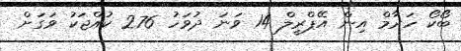
ބޯކޯ ހަރާމް އިން އޭޕްރީލް 14 ވަނަ ދުވަހު 276 ކުއްޖަކު ވަގަށް